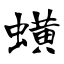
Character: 蟥